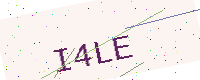
Text: I4LE